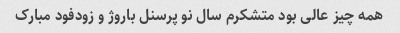
همه چیز عالی بود متشکرم سال نو پرسنل باروژ و زودفود مبارک